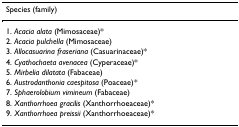
<table><thead><tr><td><b>Species (family)</b></td></tr></thead><tbody><tr><td>1. <i>Acacia alata </i>(Mimosaceae)*</td></tr><tr><td>2. <i>Acacia pulchella </i>(Mimosaceae)</td></tr><tr><td>3. <i>Allocasuarina fraseriana </i>(Casuarinaceae)*</td></tr><tr><td>4. <i>Cyathochaeta avenacea </i>(Cyperaceae)*</td></tr><tr><td>5. <i>Mirbelia dilatata </i>(Fabaceae)</td></tr><tr><td>6. <i>Austrodanthonia caespitosa </i>(Poaceae)<i>*</i></td></tr><tr><td>7. <i>Sphaerolobium vimineum </i>(Fabaceae)</td></tr><tr><td>8. <i>Xanthorrhoea gracilis </i>(Xanthorrhoeaceae)*</td></tr><tr><td>9. <i>Xanthorrhoea preissii </i>(Xanthorrhoeaceae)*</td></tr></tbody></table>